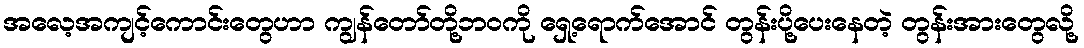
အလေ့အကျင့်ကောင်းတွေဟာ ကျွန်တော်တို့ဘဝကို ရှေ့ရောက်အောင် တွန်းပို့ပေးနေတဲ့ တွန်းအားတွေလို့